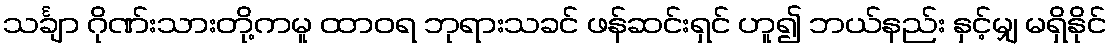
သင်္ချာ ဂိုဏ်းသားတို့ကမူ ထာဝရ ဘုရားသခင် ဖန်ဆင်းရှင် ဟူ၍ ဘယ်နည်း နှင့်မျှ မရှိနိုင်